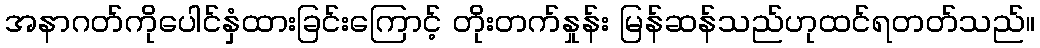
အနာဂတ်ကိုပေါင်နှံထားခြင်းကြောင့် တိုးတက်နှုန်း မြန်ဆန်သည်ဟုထင်ရတတ်သည်။